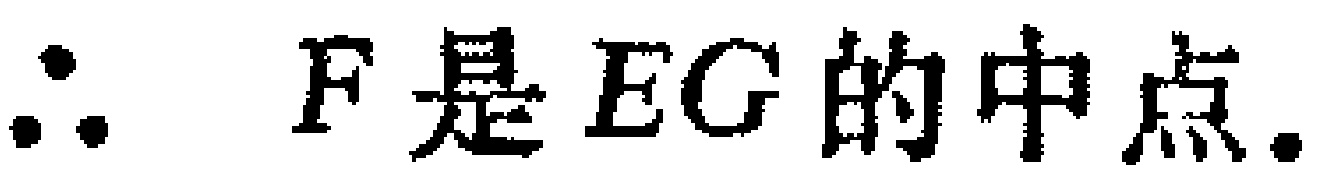
\(\therefore\ F是EG的中点.\)